Civil Veterinary Dept. North-West Frontier Province 1901-22 - 1901-1922
Year: 1901
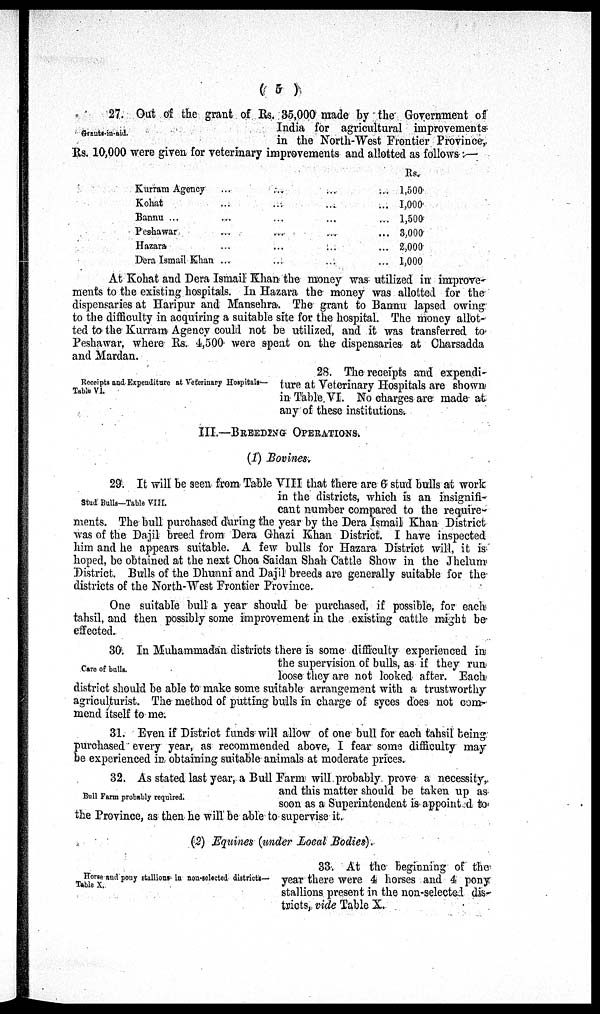
( 5 )
Grants-in-aid.
27. Out of the grant of Rs. 35,000 made by the Government of
India for agricultural improvements
in the North-West Frontier Province,
Rs. 10,000 were given for veterinary improvements and allotted as follows:—
Kurram Agency ... ... ... ...
Kohat ... ... ... ...
Bannu ... ... ... ...
Peshawar ... ... ... ...
Hazara ... ... ... ...
Dera Ismail Khan ... ... ... ...
Rs.
1,500
1,000
1,500
3,000
2,000
1,000
At Kohat and Dera Ismail Khan the money was utilized in improve-
ments to the existing hospitals. In Hazara the money was allotted for the
dispensaries at Haripur and Mansehra. The grant to Bannu lapsed owing
to the difficulty in acquiring a suitable site for the hospital. The money allot-
ted to the Kurram Agency could not be utilized, and it was transferred to
Peshawar, where Rs. 4,500 were spent on the dispensaries at Charsadda
and Mardan.
Receipts and Expenditure at Veterinary Hospitals—
Table VI.
28. The receipts and expendi-
ture at Veterinary Hospitals are shown
in Table VI. No charges are made at
any of these institutions.
III.—BREEDING OPERATIONS.
(1) Bovines.
Stud Bulls—Table VIII.
29. It will be seen from Table VIII that there are 6 stud bulls at work
in the districts, which is an insignifi-
cant number compared to the require-
ments. The bull purchased during the year by the Dera Ismail Khan District
was of the Dajil breed from Dera Ghazi Khan District. I have inspected
him and he appears suitable. A few bulls for Hazara District will, it is
hoped, be obtained at the next Choa Saidan Shah Cattle Show in the Jhelum
District. Bulls of the Dhunni and Dajil breeds are generally suitable for the
districts of the North-West Frontier Province.
One suitable bull a year should be purchased, if possible, for each
tahsil, and then possibly some improvement in the existing cattle might be-
effected.
Care of bulls.
30. In Muhammadan districts there is some difficulty experienced in
the supervision of bulls, as if they run
loose they are not looked after. Each
district should be able to make some suitable arrangement with a trustworthy
agriculturist. The method of putting bulls in charge of syces does not com-
mend itself to me.
31. Even if District funds will allow of one bull for each tahsil being
purchased every year, as recommended above, I fear some difficulty may
be experienced in obtaining suitable animals at moderate prices.
Bull Farm probably required.
32. As stated last year, a Bull Farm will probably prove a necessity,
and this matter should be taken up as
soon as a Superintendent is appointed to
the Province, as then he will be able to supervise it.
(2) Equines (under Local Bodies).
Horse and pony stallions in non-selected districts—
Table X.
33. At the beginning of the
year there were 4 horses and 4 pony
stallions present in the non-selected dis-
tricts, vide Table X.